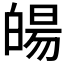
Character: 𤾉